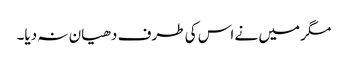
مگر میں نے اس کی طرف دھیان نہ دیا۔